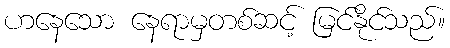
ဟနေသော နေရာမှတစ်ဆင့် မြင်နိုင်သည်။